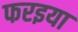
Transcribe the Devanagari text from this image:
फरइया